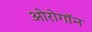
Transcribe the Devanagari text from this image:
ओरोगॉन